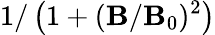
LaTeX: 1/\left(1+(\mathbf{B}/\mathbf{B}_{0})^{2}\right)